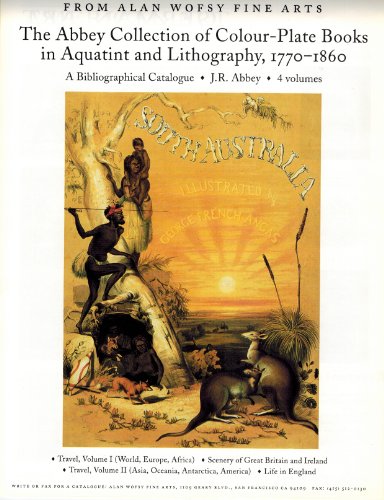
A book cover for Abbey Collection of Colour-Plate Books in Aquatint and Lithography, 1770-1860: A Bibliographical Catalogue; J.R. Abbey; Arts & Photography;